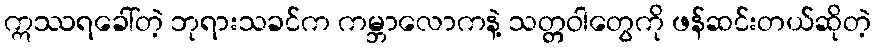
ဣဿရခေါ်တဲ့ ဘုရားသခင်က ကမ္ဘာလောကနဲ့ သတ္တဝါတွေကို ဖန်ဆင်းတယ်ဆိုတဲ့